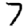
Digit: 7